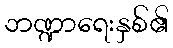
ဘဏ္ဍာရေးနှစ်၏